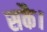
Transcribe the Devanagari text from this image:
सकै।